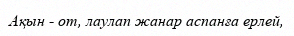
Ақын - от, лаулап жанар аспанға ерлей,